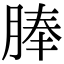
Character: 䏾